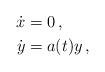
LaTeX: \begin{align*} \dot x &=0\,,\\ \dot y&=a(t)y\,, \end{align*}